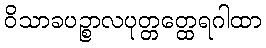
ဝိသာခပဉ္စာလပုတ္တတ္ထေရဂါထာ